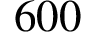
6 0 0